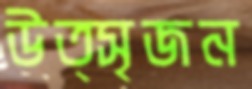
উত্সৃজন